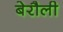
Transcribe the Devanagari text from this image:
बेरौली